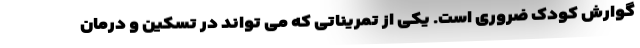
گوارش کودک ضروری است. یکی از تمریناتی که می تواند در تسکین و درمان